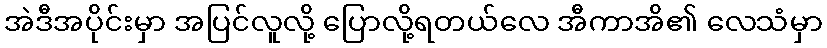
အဲဒီအပိုင်းမှာ အပြင်လူလို့ ပြောလို့ရတယ်လေ အီကာအိ၏ လေသံမှာ